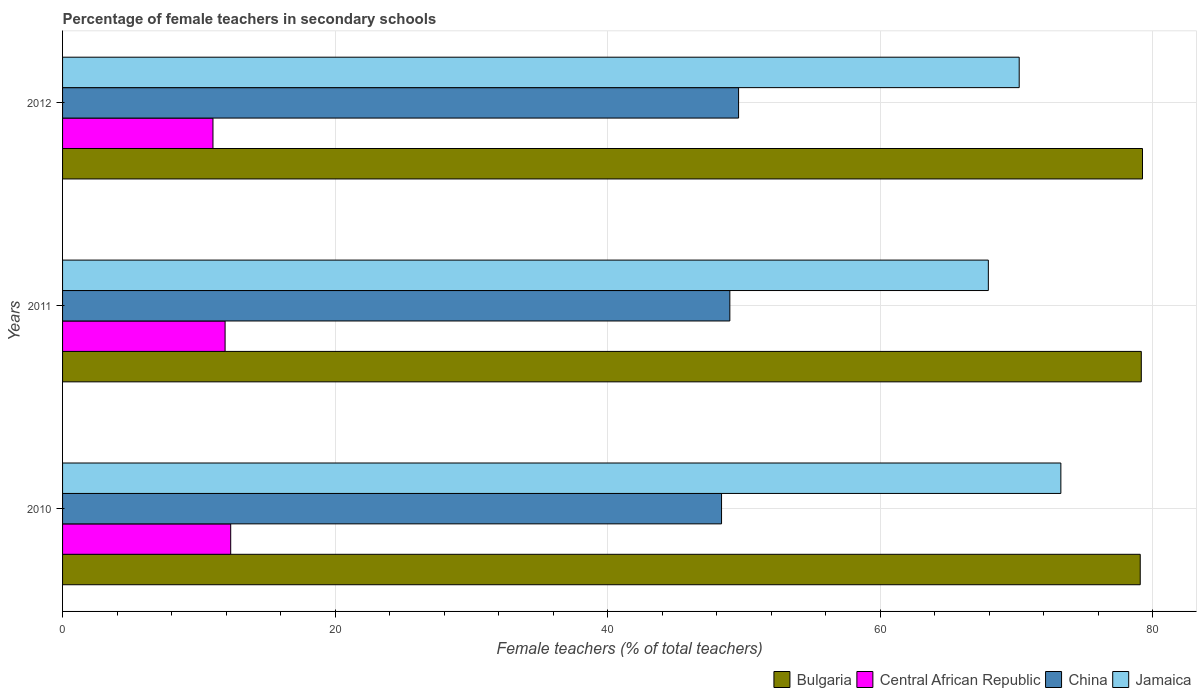
| Years | Bulgaria | Central African Republic | China | Jamaica |
 | --- | --- | --- | --- | --- |
 | 2010 | 79.1 | 12.3 | 48.4 | 73.3 |
 | 2011 | 79.2 | 11.9 | 49 | 68 |
 | 2012 | 79.3 | 11 | 49.6 | 70.2 |